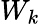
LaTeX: W_{k}